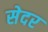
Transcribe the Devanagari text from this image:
सेदर